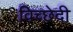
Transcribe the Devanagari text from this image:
विच्छेदी